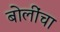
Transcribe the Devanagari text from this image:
बोलींचा